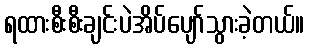
ရထားစီးစီးချင်းပဲအိပ်ပျော်သွားခဲ့တယ်။